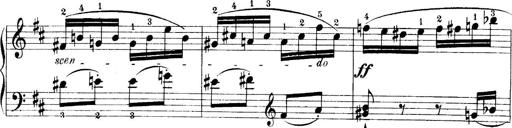
Title: 4 Sonatines
Composer: Max Reger